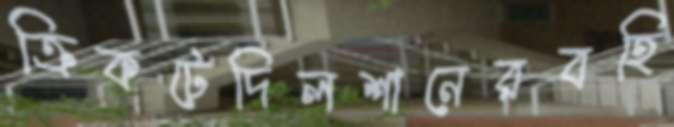
ক্রিকটেদিলশানেরবহি